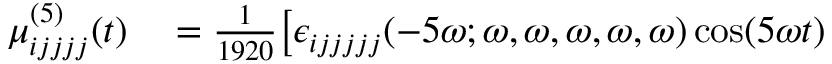
\begin{array} { r l } { \mu _ { i j j j j } ^ { ( 5 ) } ( t ) } & { { } = \frac { 1 } { 1 9 2 0 } \big [ \epsilon _ { i j j j j j } ( - 5 \omega ; \omega , \omega , \omega , \omega , \omega ) \cos ( 5 \omega t ) } \end{array}